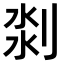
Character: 𠝃